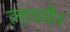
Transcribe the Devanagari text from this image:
लायमैन